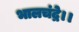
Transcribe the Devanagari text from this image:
भालचंद्रे।।